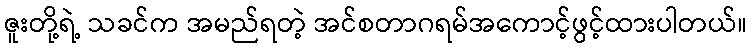
ဇူးတို့ရဲ့ သခင်က အမည်ရတဲ့ အင်စတာဂရမ်အကောင့်ဖွင့်ထားပါတယ်။